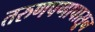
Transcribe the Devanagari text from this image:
तरुणपणापासून